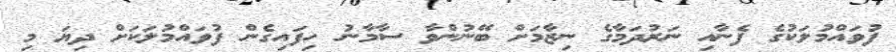
ފުވައްމުލަކުގެ ފެނާއި ނަރުދަމާގެ ނިޒާމަށް ބޭނުންވާ ސާމާނު ހިފައިގެން ފުވައްމުލަކަށް ދިޔަ މި